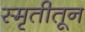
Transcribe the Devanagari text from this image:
स्मृतीतून